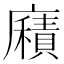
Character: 廭